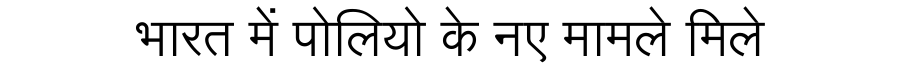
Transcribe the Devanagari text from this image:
भारत में पोलियो के नए मामले मिले